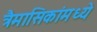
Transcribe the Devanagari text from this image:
त्रैमासिकांमध्ये